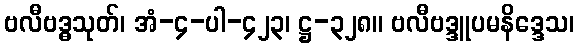
ဗလီဗဒ္ဓသုတ်၊ အံ-၄-ပါ-၄၂၃၊ ဋ္ဌ-၃၂၈။ ဗလီဗဒ္ဒူပမနိဒ္ဒေသ၊